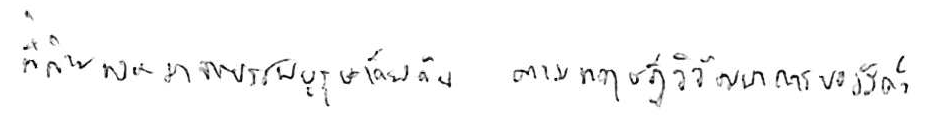
ที่ถ่ายทอดมาจากบรรพบุรุษเดียวกัน ตามทฤษฎีวิวัฒนาการของสัตว์